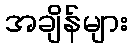
အချိန်များ